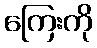
ကြေးကို